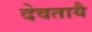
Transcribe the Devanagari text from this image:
देवतायै